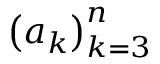
\left( a _ { k } \right) _ { k = 3 } ^ { n }